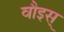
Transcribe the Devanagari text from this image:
वौइस्